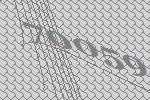
70059